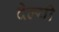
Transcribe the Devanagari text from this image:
देल्यी